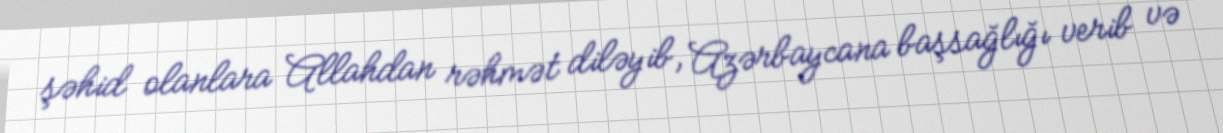
şəhid olanlara Allahdan rəhmət diləyib, Azərbaycana başsağlığı verib və